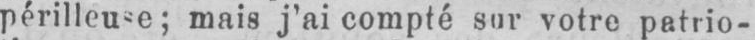
périlleuse; mais j’ai compté sur votre patrio-